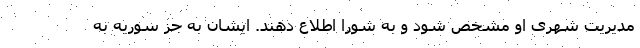
مدیریت شهری او مشخص شود و به شورا اطلاع دهند. ایشان به جز سوریه به